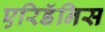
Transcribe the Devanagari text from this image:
एरिडॅनिस